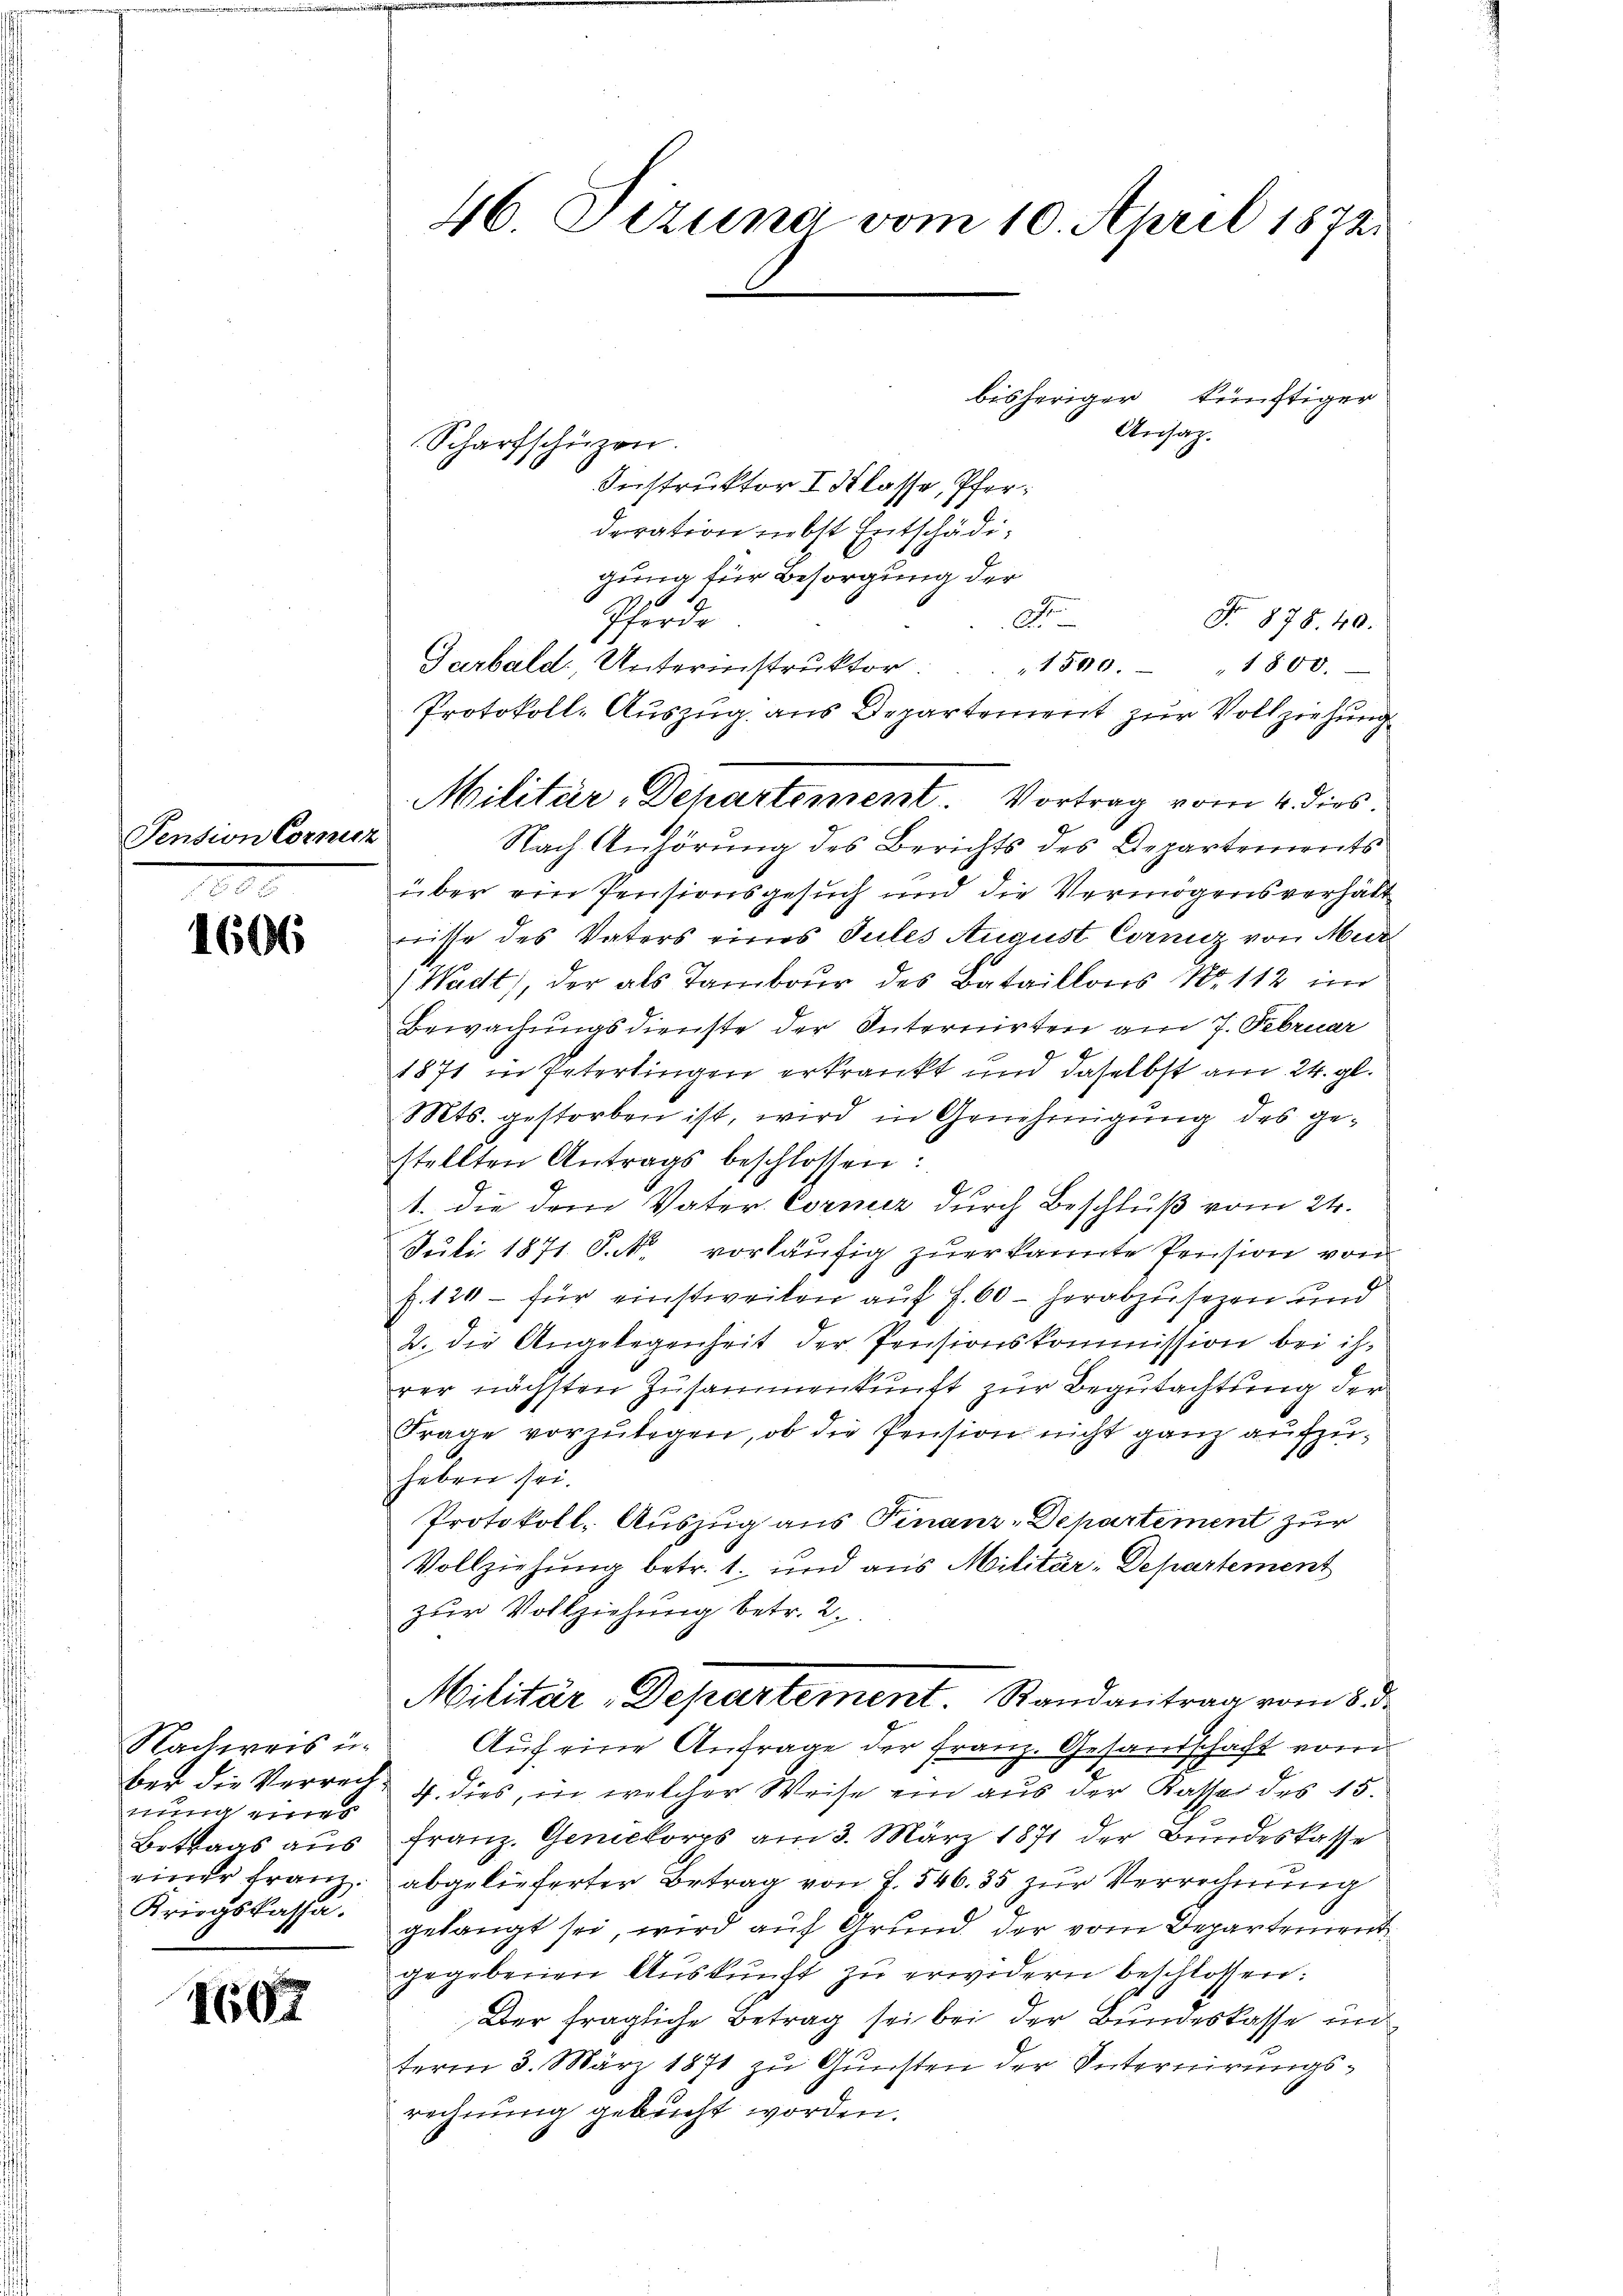
Pension Cornisz

1606

Nachweis u.
nung eines
Betrags aus
einer Franz.
Kriegskassa.

1607

46. Pizuna vom 10. April 1872

bisheriger künftiger
Ansatz.
Scharfschüzen.
Instruktor I. Klasse, Pferderation liebst Entschädigung für Besorgung der
6
Pferde
No 878. 40.
A
Garbald, Unterinstrŭktor. 1590. 1800.
Protokoll-Auszug aus Departement zur Vollziehung
Nach Anhörung des Berichts des Departements
über ein Pensionsgesuch und die Vermögensverhält
nisse des Vaters eines Sules August Corniz von Mur
Wadt), der als Tambour des Bataillons No. 112 im
Bewachungsdienste der Internirten am 7. Februar
1871 in Petertingen erkrankt und daselbst am 24. gl.
Mts. gestorben ist, wird in Genehmigung des gestellten Antrags beschlossen:
1. die dem Vater Corner durch Beschluß vom 24.
Juli 1871 S. N. vorläŭfig zuerkannte Pension von
s. 120 – für einstweilen auf S. 60 - herabzusezen und
2. die Angelegenheit der Pensionskommission bei ihrer nächsten Zusammenkunft zur Begutachtung der
Frage vorzulegen, ob die Pension nicht ganz aufzuheben sei.
Protokoll- Auszug aus Finanz-Departement zur
Vollziehung betr. 1. und aus Militär-Departement
zur Vollziehung betr. 2.
Militär-Departement. Randantrag vom 8. d.
Auf eine Anfrage der Franz. Gesandschaft vom
ber die Verrech 4. dies, in welcher Weise ein aus der Kasse des 15.
Franz. Genickorps am 3. März 1871 der Bundeskasse
abgelieferter Betrag von J. 546. 35 zur Verrechnung
gelangt sei, wird auf Grund der vom Departement
gegebenen Aŭskŭnft zŭ erwidern beschlossen:
Der fragliche Betrag sei bei der Bundeskasse un
term 3. März 1871 zu Gunsten der Internirungsrechnung gebucht worden.

Militär-Departement. Vortrag vom 4. dies